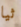
ثيا